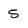
Character: 5